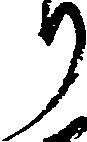
り